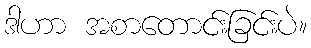
ဒါဟာ အစာတောင်းခြင်းပဲ။